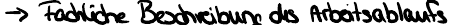
-> Fachliche Beschreibung des Arbeitsablauf